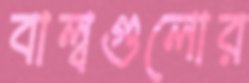
বাল্বগুলোর